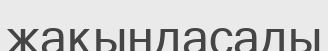
жақындасады